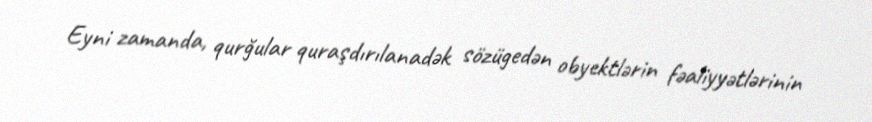
Eyni zamanda, qurğular quraşdırılanadək sözügedən obyektlərin fəaliyyətlərinin